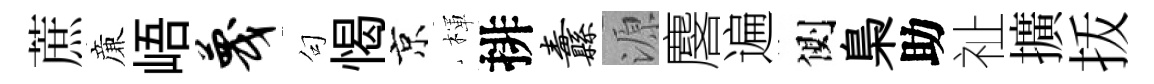
蔗亷峿蔑句愒京楎排纛源麐遍側梟助祉擴㧞